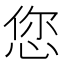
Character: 您